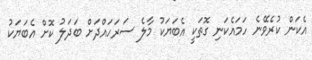
އެކަން ކުރެވޭނެ ހަމައެކަނި ގޮތަކީ އެބަޔަކު މާލެ ސަރަހައްދަށް ބަދަލު ކޮށް އެބަޔަކު